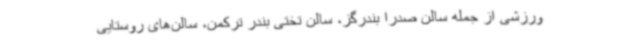
ورزشی از جمله سالن صدرا بندرگز، سالن تختی بندر ترکمن، سالن‌های روستایی